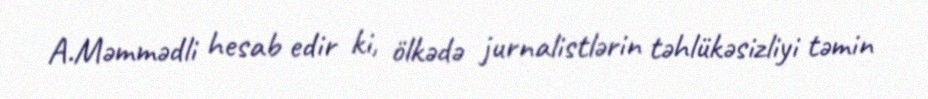
A.Məmmədli hesab edir ki, ölkədə jurnalistlərin təhlükəsizliyi təmin